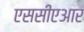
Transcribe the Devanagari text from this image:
एससीएआर